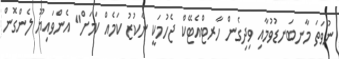
ނުވަތަ މާނބަނޑުވުމާއި ވިދިގެން ހާރޓްއެޓޭކް ޖެހުމަކީ ނާކުޒު ކަމެއް ކަމަށް" އެންވައިޔޫ ލެންގޮން